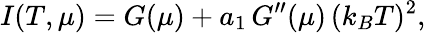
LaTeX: I(T,\mu)=G(\mu)+a_{1}\, G^{\prime\prime}(\mu)\, (k_{B}T)^{2},